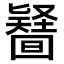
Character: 𠤪